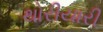
થોરીયારી